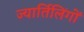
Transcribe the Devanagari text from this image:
ज्यार्तिलिंगों